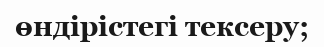
өндірістегі тексеру;